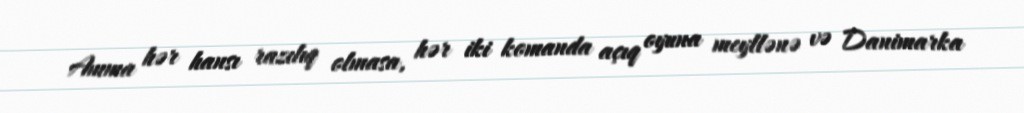
Amma hər hansı razılıq olmasa, hər iki komanda açıq oyuna meyllənə və Danimarka